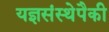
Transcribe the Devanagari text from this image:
यज्ञसंस्थेपैकी